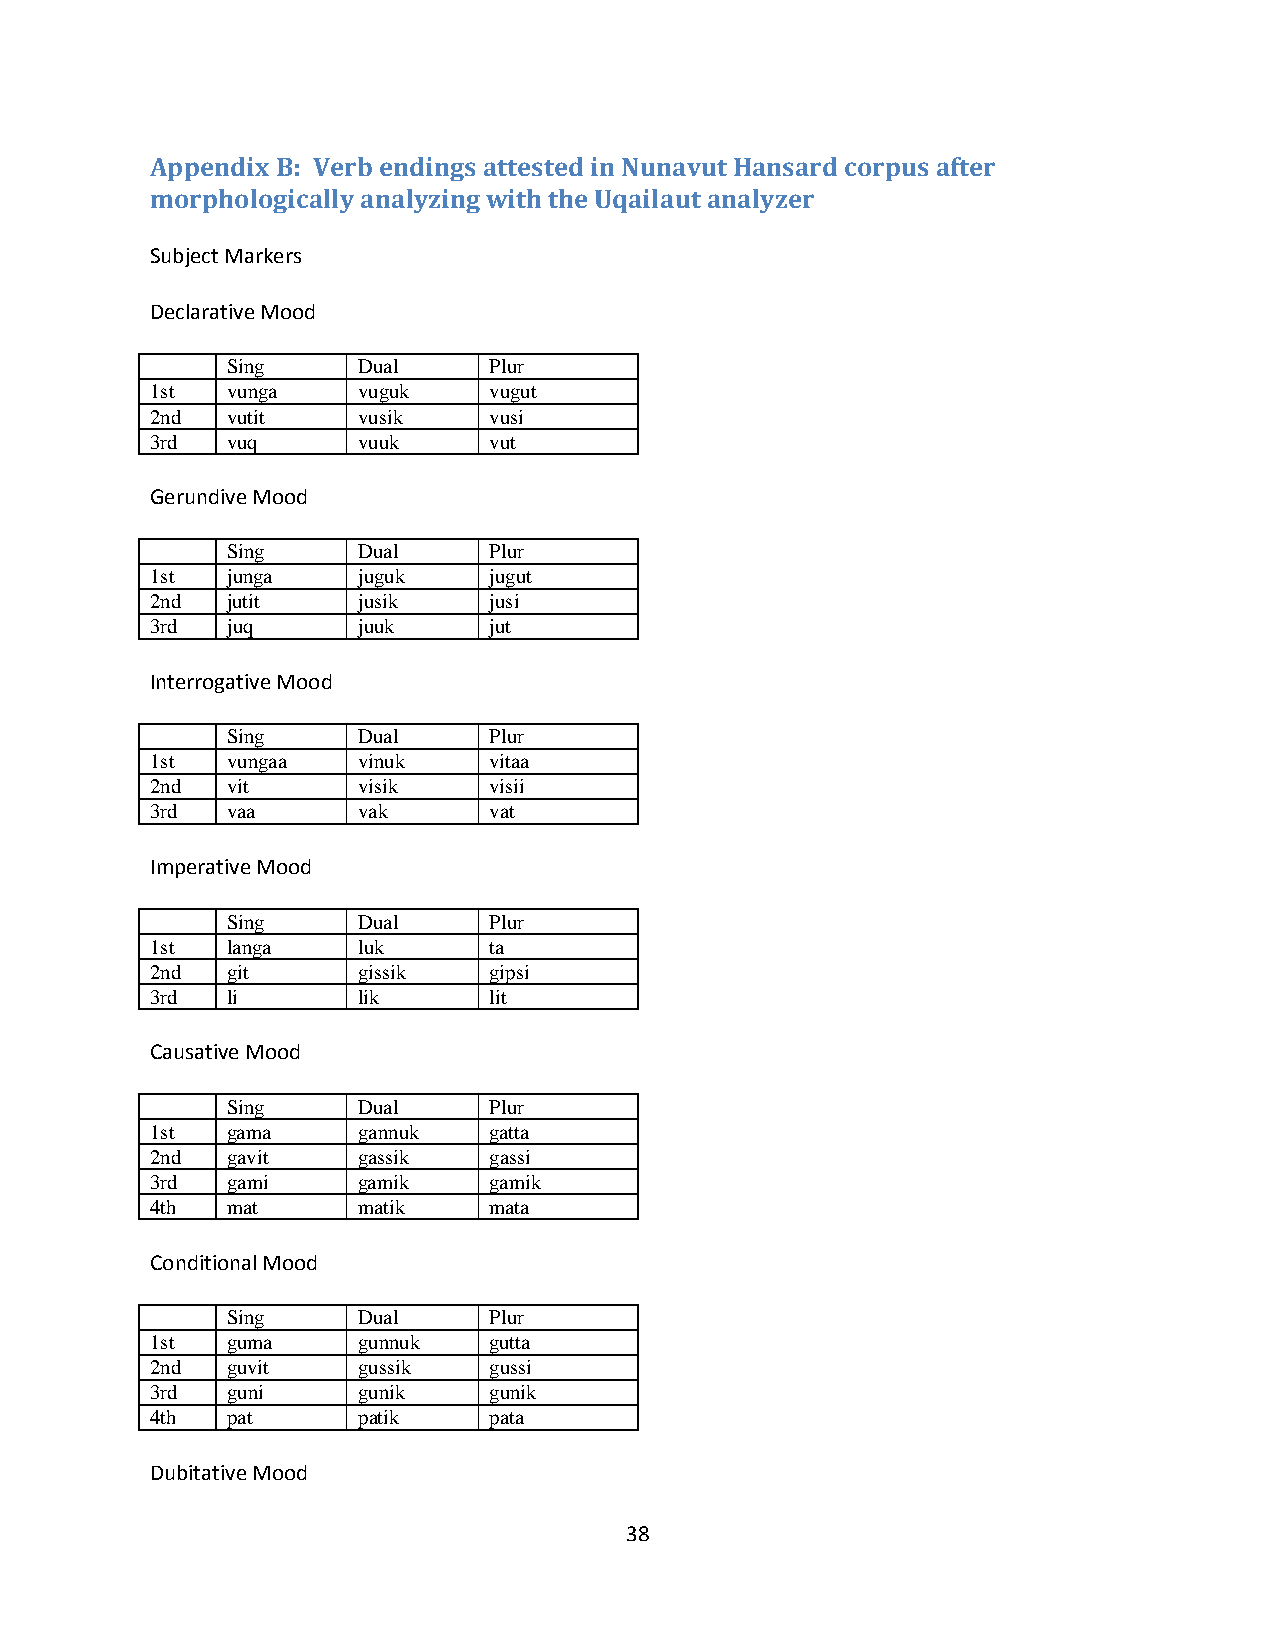
Appendix B: Verb endings attested in Nunavut Hansard corpus after
 morphologically analyzing with the Uqailaut analyzer
 Subject Markers
 Declarative Mood
 Sing     Dual    Plur
 1st  vunga    vuguk   vugut
 2nd  vutit    vusik   vusi
 3rd  vuq      vuuk    vut
 Gerundive Mood
 Sing     Dual    Plur
 1st  junga    juguk   jugut
 2nd  jutit    jusik   jusi
 3rd  juq      juuk    jut
 Interrogative Mood
 Sing     Dual    Plur
 1st  vungaa   vinuk   vitaa
 2nd  vit      visik   visii
 3rd  vaa      vak     vat
 Imperative Mood
 Sing     Dual    Plur
 1st  langa    luk     ta
 2nd  git      gissik  gipsi
 3rd  li       lik     lit
 Causative Mood
 Sing     Dual    Plur
 1st  gama     gannuk  gatta
 2nd  gavit    gassik  gassi
 3rd  gami     gamik   gamik
 4th  mat      matik   mata
 Conditional Mood
 Sing     Dual    Plur
 1st  guma     gunnuk  gutta
 2nd  guvit    gussik  gussi
 3rd  guni     gunik   gunik
 4th  pat      patik   pata
 Dubitative Mood
 38